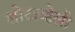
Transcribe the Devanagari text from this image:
शोटाव्हेली